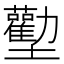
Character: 𱘜